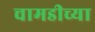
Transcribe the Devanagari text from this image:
चामडीच्या